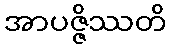
အာပဇ္ဇိဿတိ